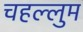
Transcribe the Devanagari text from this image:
चहल्लुम